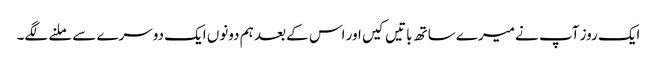
ایک روز آپ نے میرے ساتھ باتیں کیں اور اس کے بعد ہم دونوں ایک دوسرے سے ملنے لگے۔